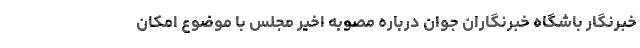
خبرنگار باشگاه خبرنگاران جوان درباره مصوبه اخیر مجلس با موضوع امکان